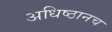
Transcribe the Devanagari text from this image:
अधिष्ठानच